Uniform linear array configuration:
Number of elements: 64
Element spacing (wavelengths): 0.5
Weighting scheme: cosine
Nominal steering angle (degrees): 30
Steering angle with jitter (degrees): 31.645
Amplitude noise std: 0.05
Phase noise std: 0.05

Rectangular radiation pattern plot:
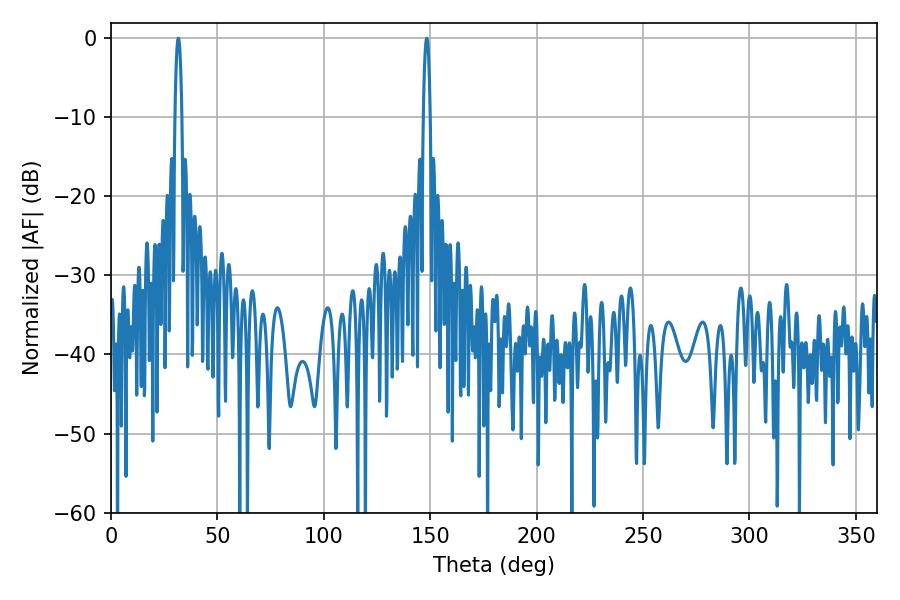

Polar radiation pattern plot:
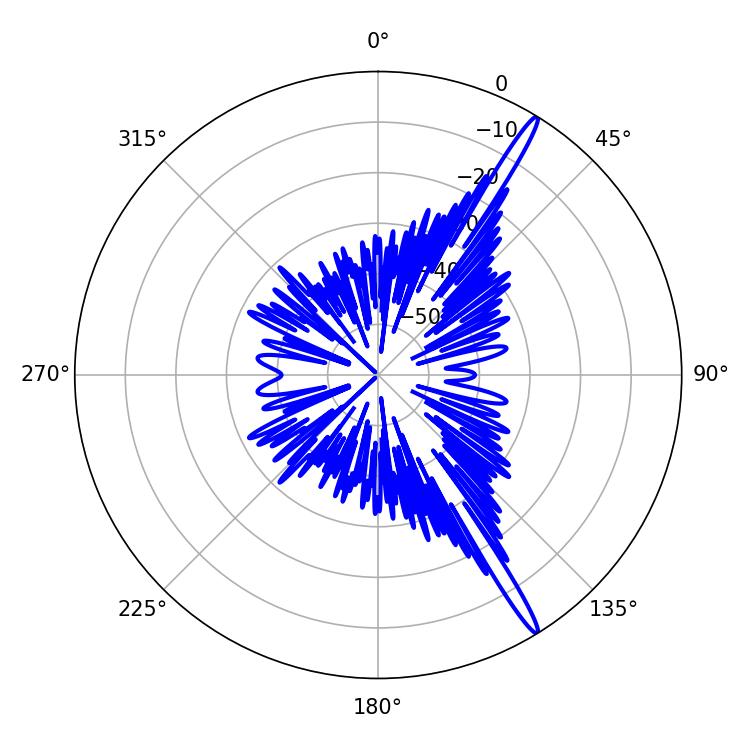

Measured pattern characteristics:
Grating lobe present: FALSE
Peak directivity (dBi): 17.123
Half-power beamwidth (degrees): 1.8
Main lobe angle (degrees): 31.68